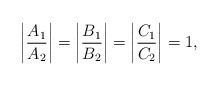
LaTeX: \begin{align*}\left|\frac{A_1}{A_2}\right|=\left|\frac{B_1}{B_2}\right|=\left|\frac{C_1}{C_2}\right|=1,\end{align*}